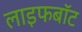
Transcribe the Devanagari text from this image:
लाइफबाॅट